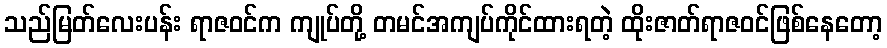
သည်မြတ်လေးပန်း ရာဇဝင်က ကျုပ်တို့ တမင်အကျပ်ကိုင်ထားရတဲ့ ထိုးဇာတ်ရာဇဝင်ဖြစ်နေတော့